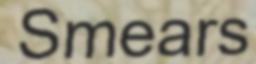
Smears